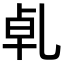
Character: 𠃵